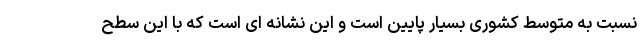
نسبت به متوسط کشوری بسیار پایین است و این نشانه ای است که با این سطح